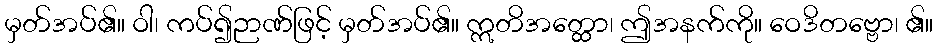
မှတ်အပ်၏။ ဝါ၊ ကပ်၍ဉာဏ်ဖြင့် မှတ်အပ်၏။ ဣတိအတ္ထော၊ ဤအနက်ကို။ ဝေဒိတဗ္ဗော၊ ၏။